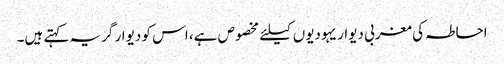
احاطہ کی مغربی دیوار یہودیوں کیلئے مخصوص ہے، اس کو دیوار گریہ کہتے ہیں۔